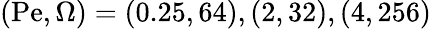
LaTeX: (\mathrm{Pe},\Omega)=(0.25,64),(2,32),(4,256)